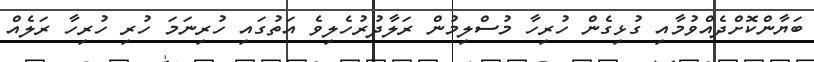
ބަޔާންކޮށްދެއްވުމާއި ގުޅިގެން ހުރިހާ މުސްލިމުން ރަލާދުރުހެލިވެ އަތުގައި ހުރިނަމަ ހުރި ހުރިހާ ރަލެއް